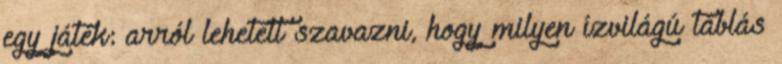
egy játék: arról lehetett szavazni, hogy milyen ízvilágú táblás